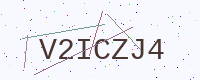
Text: V2ICZJ4